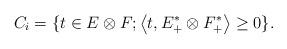
LaTeX: \begin{align*}C_i = \{ t \in E \otimes F; \left\langle t, E^*_+ \otimes F^*_+\right\rangle \geq 0 \}.\end{align*}